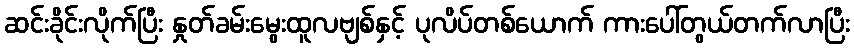
ဆင်းခိုင်းလိုက်ပြီး နှုတ်ခမ်းမွေးထူလဗျစ်နှင့် ပုလိပ်တစ်ယောက် ကားပေါ်တွယ်တက်လာပြီး